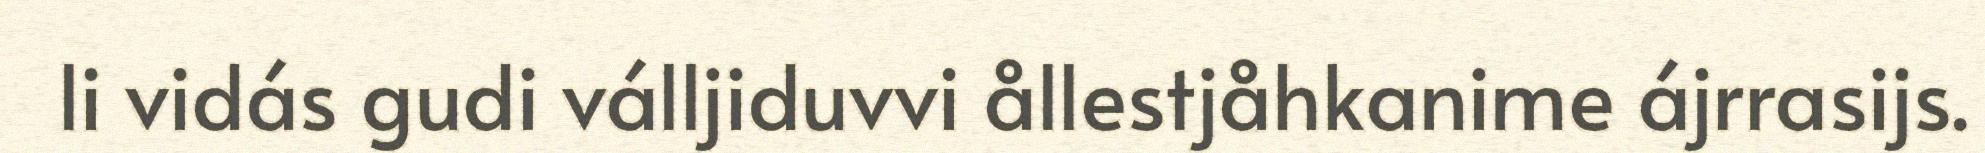
li vidás gudi válljiduvvi ållestjåhkanime ájrrasijs.